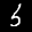
Label: 5